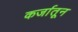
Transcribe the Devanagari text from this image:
कर्जातून